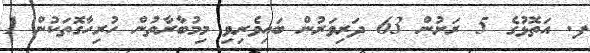
ފ. އަތޮޅުގެ 5 ރަށުން 63 ދަރިވަރުން ބައިވެރިވި މިމުބާރާތުން ހުރިހާގޮތަކުން 1